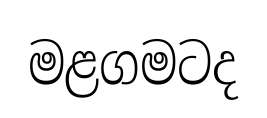
මළගමටද